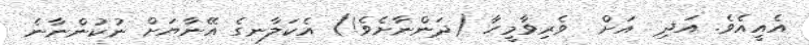
އެއީއެވެ. އަދި  އަށް  ވެރިވާމީހާ (ދަންނާށެވެ!) އެކަލާނގެ އޭނާޔަށް ނުކުންނާނެ